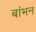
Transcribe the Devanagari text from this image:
बांभन